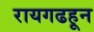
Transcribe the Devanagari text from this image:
रायगढहून